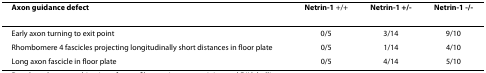
| Axon guidance defect | Netrin-1 +/+ | Netrin-1 +/- | Netrin-1 -/- |
 | --- | --- | --- | --- |
 | Early axon turning to exit point | 0/5 | 3/14 | 9/10 |
 | Rhombomere 4 fascicles projecting longitudinally short distances in floor plate | 0/5 | 1/14 | 4/10 |
 | Long axon fascicle in floor plate | 0/5 | 4/14 | 5/10 |